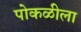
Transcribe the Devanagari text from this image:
पोकळीला